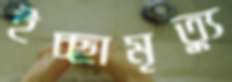
ইচ্ছামৃত্যু